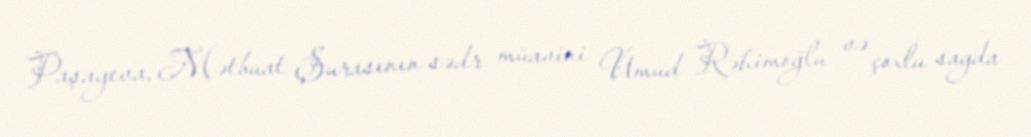
Paşayeva, Mətbuat Şurasının sədr müavini Umud Rəhimoğlu və çoxlu sayda